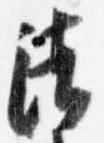
清